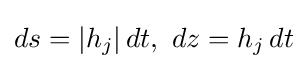
ds=|h_{j}|\,dt,\ dz=h_{j}\,dt